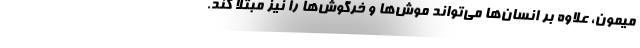
میمون، علاوه بر انسان‌ها می‌تواند موش‌ها و خرگوش‌ها را نیز مبتلا کند.